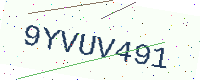
Text: 9YVUV491